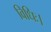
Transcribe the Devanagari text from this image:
विधिः।